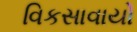
વિકસાવાયો